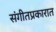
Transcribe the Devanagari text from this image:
संगीतप्रकारात